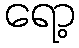
ရော့